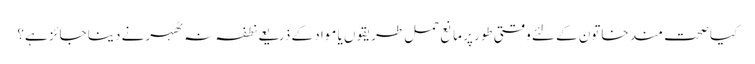
کیا صحت مند خاتون کے لئے وقتی طور پر مانع حمل طریقوں یا مواد کے ذریعے نطفہ نہ ٹھہرنے دینا جائز ہے؟